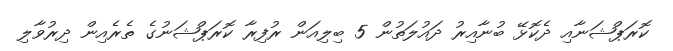
ކޮރަޕްޝަނާއި ދެކޮޅޭ ބުނާއިރު ދައުލަތުން 5 ބިލިއަން ރުފިރާ ކޮރަޕްޝަނުގެ ތެރެެއިން ދިރުވާލި